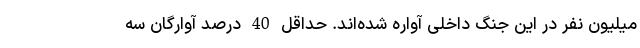
میلیون نفر در این جنگ داخلی آواره شده‌اند. حداقل 40 درصد آوارگان سه